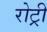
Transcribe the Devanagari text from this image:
रोट्री